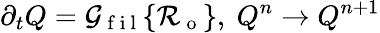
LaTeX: \partial_{t}Q=\mathcal{G}_{\mathrm{~f~i~l~}}\{ \mathcal{R}_{\mathrm{~o~}}\} ,\ Q^{n}\to Q^{n+1}